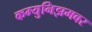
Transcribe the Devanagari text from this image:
कम्युनिझमवर